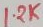
Text: 1.2K